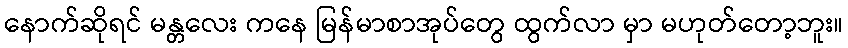
နောက်ဆိုရင် မန္တလေး ကနေ မြန်မာစာအုပ်တွေ ထွက်လာ မှာ မဟုတ်တော့ဘူး။